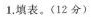
1.填表。(12分）